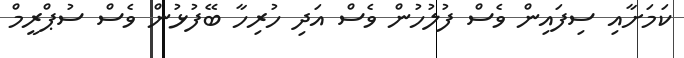
ކަމަށާއި ސިފައިން ވެސް ފުލުހުން ވެސް އަދި ހުރިހާ ބޭފުޅުން ވެސް ސުޕްރީމް